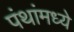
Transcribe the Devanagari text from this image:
पंथांमध्ये